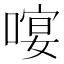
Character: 𠻈